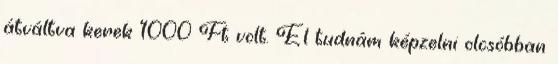
átváltva kerek 1000 Ft volt. El tudnám képzelni olcsóbban